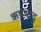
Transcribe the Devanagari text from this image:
ऋषभाद्